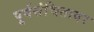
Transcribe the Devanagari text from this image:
पूर्वसंचितावर